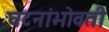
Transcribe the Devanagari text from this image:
घटनांभोवती